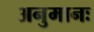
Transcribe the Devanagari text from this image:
अनुमानः